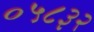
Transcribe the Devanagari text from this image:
०५८३२